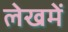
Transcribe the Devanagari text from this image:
लेखमें